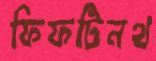
ফিফটিনথ